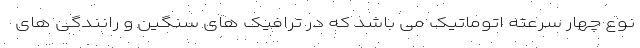
نوع چهار سرعته اتوماتیک می باشد که در ترافیک های سنگین و رانندگی های